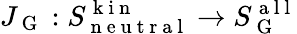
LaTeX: J_{\mathrm{~G~}}:S_{\mathrm{~n~e~u~t~r~a~l~}}^{\mathrm{~k~i~n~}}\to S_{\mathrm{~G~}}^{\mathrm{~a~l~l~}}